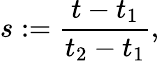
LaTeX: s:=\frac{t-t_{1}}{t_{2}-t_{1}},